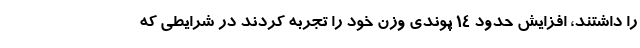
را داشتند، افزایش حدود 14 پوندی وزن خود را تجربه کردند در شرایطی که